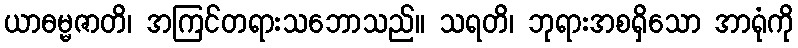
ယာဓမ္မဇာတိ၊ အကြင်တရားသဘောသည်။ သရတိ၊ ဘုရားအစရှိသော အာရုံကို